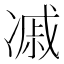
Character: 𠗼